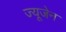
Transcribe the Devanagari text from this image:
ज्यूजेन